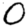
Digit: 0